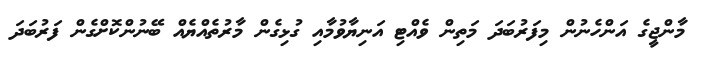
މާންޖީގެ އަންހެނުން މިފަރުބަދަ މަތިން ވެއްޓި އަނިޔާވުމާއި ގުޅިގެން މާރުތެއްޔެއް ބޭނުންކޮށްގެން ފަރުބަދަ